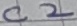
Text: C2